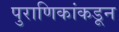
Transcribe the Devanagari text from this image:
पुराणिकांकडून